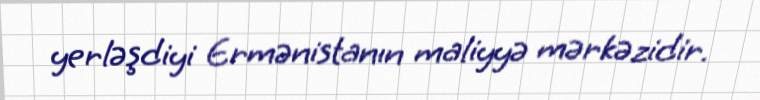
yerləşdiyi Ermənistanın maliyyə mərkəzidir.